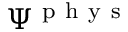
\Psi ^ { \mathrm { ~ p ~ h ~ y ~ s ~ } }